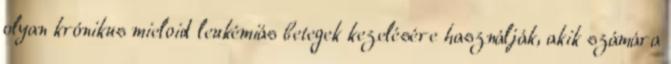
olyan krónikus mieloid leukémiás betegek kezelésére használják, akik számára